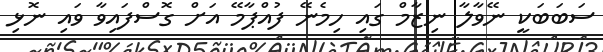
ސަބަބަކީ ނޭވާލާ ނިޒާމް ގައި ހިމެނޭ ފުއްޕާމޭ އަށް ގޮސްފައިވާ ވައި ނޮޅި